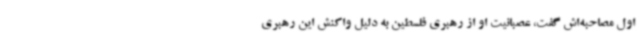
اول مصاحبه‌اش گفت، عصبانیت او از رهبری فلسطین به دلیل واکنش این رهبری